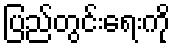
ပြည်တွင်းရေးကို